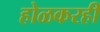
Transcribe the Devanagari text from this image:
होळकरही